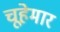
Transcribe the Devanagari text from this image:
चूहेमार